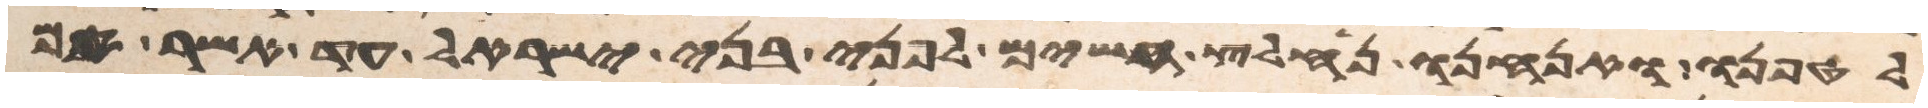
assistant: לטפנו ואנחנו נחלץ חשים לפני בני ישראל עד אשר אם